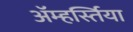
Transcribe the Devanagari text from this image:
ॲम्हर्स्तिया